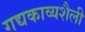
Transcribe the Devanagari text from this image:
गद्यकाव्यशैली